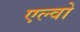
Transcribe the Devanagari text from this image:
एल्वो